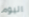
اليوم